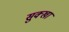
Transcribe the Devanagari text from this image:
सुक्खा